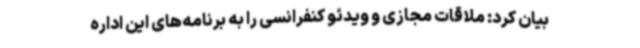
بیان کرد: ملاقات مجازی و ویدئو کنفرانسی را به برنامه‌های این اداره